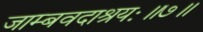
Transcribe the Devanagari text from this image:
जाम्बवदाश्रयः॥७॥